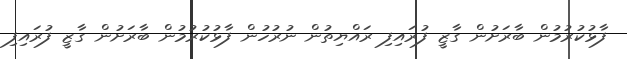
ފާޅުކުރުމުން ބާރަށުން ގާޒީ ފުރައިފި ރައްޔިތުން ނުރުހުން ފާޅުކުރުމުން ބާރަށުން ގާޒީ ފުރައިފި